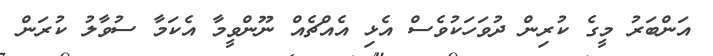
އަންބަރު މީގެ ކުރިން ދުވަހަކުވެސް އެޅި އެއްޗެއް ނޫންވީމާ އެކަމާ ސުވާލު ކުރަން